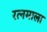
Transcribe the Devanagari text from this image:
रत्‍नमाला